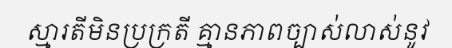
ស្មារតីមិនប្រក្រតី គ្មានភាពច្បាស់លាស់នូវ